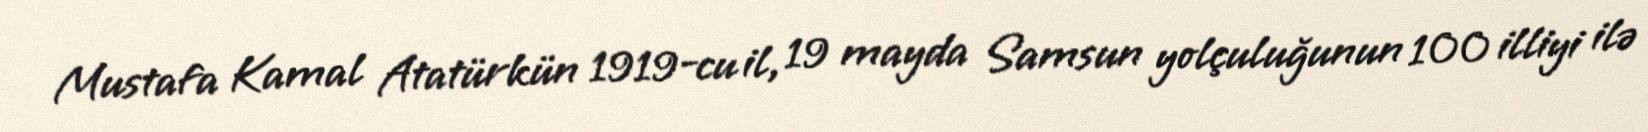
Mustafa Kamal Atatürkün 1919-cu il, 19 mayda Samsun yolçuluğunun 100 illiyi ilə